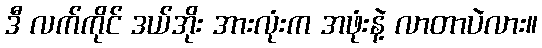
ဒီ လက်ကိုင် ဒယ်အိုး အားလုံးက အဖုံးနဲ့ လာတာပဲလား။